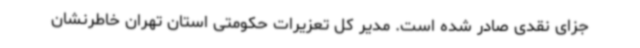
جزای نقدی صادر شده است. مدیر کل تعزیرات حکومتی استان تهران خاطرنشان